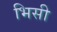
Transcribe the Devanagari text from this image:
भिसी